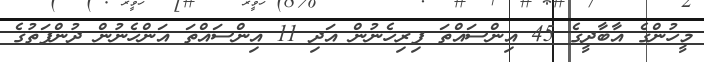
މީހުންގެ އާބާދީގެ 45 އިންސައްތަ ފިރިހެނުން އަދި 11 އިންސައްތަ އަންހެނުން ދުންފަތުގެ